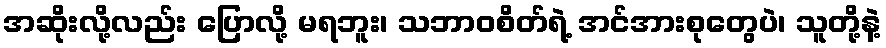
အဆိုးလို့လည်း ပြောလို့ မရဘူး၊ သဘာဝစိတ်ရဲ့ အင်အားစုတွေပဲ၊ သူတို့နဲ့